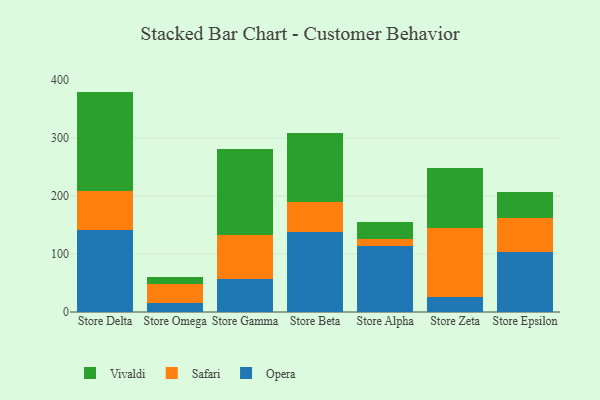
{"axis": {"x": "Store", "y": "Active Users"}, "legend": ["Opera", "Safari", "Vivaldi"], "data": [{"x": "Store Delta", "y": 141.3, "type": "Opera"}, {"x": "Store Delta", "y": 67.9, "type": "Safari"}, {"x": "Store Delta", "y": 171.0, "type": "Vivaldi"}, {"x": "Store Omega", "y": 15.5, "type": "Opera"}, {"x": "Store Omega", "y": 33.0, "type": "Safari"}, {"x": "Store Omega", "y": 12.6, "type": "Vivaldi"}, {"x": "Store Gamma", "y": 57.1, "type": "Opera"}, {"x": "Store Gamma", "y": 75.1, "type": "Safari"}, {"x": "Store Gamma", "y": 149.3, "type": "Vivaldi"}, {"x": "Store Beta", "y": 137.5, "type": "Opera"}, {"x": "Store Beta", "y": 52.7, "type": "Safari"}, {"x": "Store Beta", "y": 118.1, "type": "Vivaldi"}, {"x": "Store Alpha", "y": 113.2, "type": "Opera"}, {"x": "Store Alpha", "y": 13.0, "type": "Safari"}, {"x": "Store Alpha", "y": 28.5, "type": "Vivaldi"}, {"x": "Store Zeta", "y": 25.8, "type": "Opera"}, {"x": "Store Zeta", "y": 118.4, "type": "Safari"}, {"x": "Store Zeta", "y": 104.2, "type": "Vivaldi"}, {"x": "Store Epsilon", "y": 103.1, "type": "Opera"}, {"x": "Store Epsilon", "y": 59.8, "type": "Safari"}, {"x": "Store Epsilon", "y": 44.7, "type": "Vivaldi"}]}